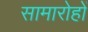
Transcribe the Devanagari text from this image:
सामारोहों